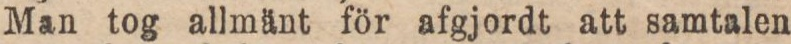
Man tog allmänt för afgjordt att samtalen